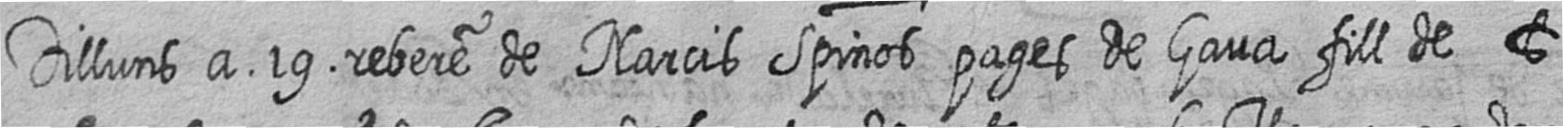
Dilluns a 19 rebere de Narcis Spinos pages de Gava fill de t